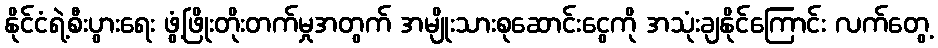
နိုင်ငံရဲ့စီးပွားရေး ဖွံ့ဖြိုးတိုးတက်မှုအတွက် အမျိုးသားစုဆောင်းငွေကို အသုံးချနိုင်ကြောင်း လက်တွေ့